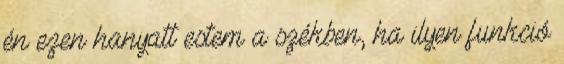
én ezen hanyatt estem a székben, ha ilyen funkció